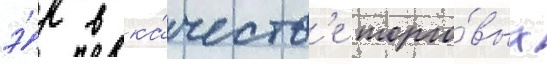
э́р в ка́честв'е торго́вых